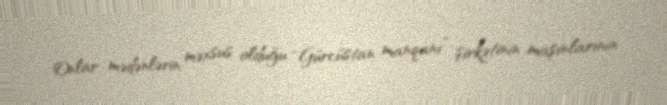
Onlar mədənlərin məxsus olduğu “Gürcüstan manqanı” şirkətinin maşınlarının